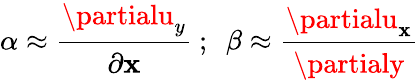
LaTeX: \alpha\approx{\cfrac{\partialu_{y}}{\partial\mathbf{x}}}~;~~\beta\approx{\cfrac{\partialu_{\mathbf{x}}}{\partialy}}